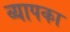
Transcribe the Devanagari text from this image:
व्यापका